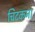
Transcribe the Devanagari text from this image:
चिटकना